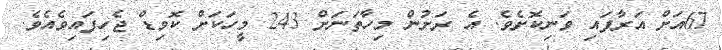
67އަށް އަރާފައި ވަނިކޮށެވެ. އެ ރަށުން މިހާތަނަށް 243 މީހަކަށް ކޮވިޑް ޖެހިފައިވެއެވެ.